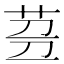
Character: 𱽧